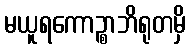
မယူရကောဉ္စာဘိရုတမှိ